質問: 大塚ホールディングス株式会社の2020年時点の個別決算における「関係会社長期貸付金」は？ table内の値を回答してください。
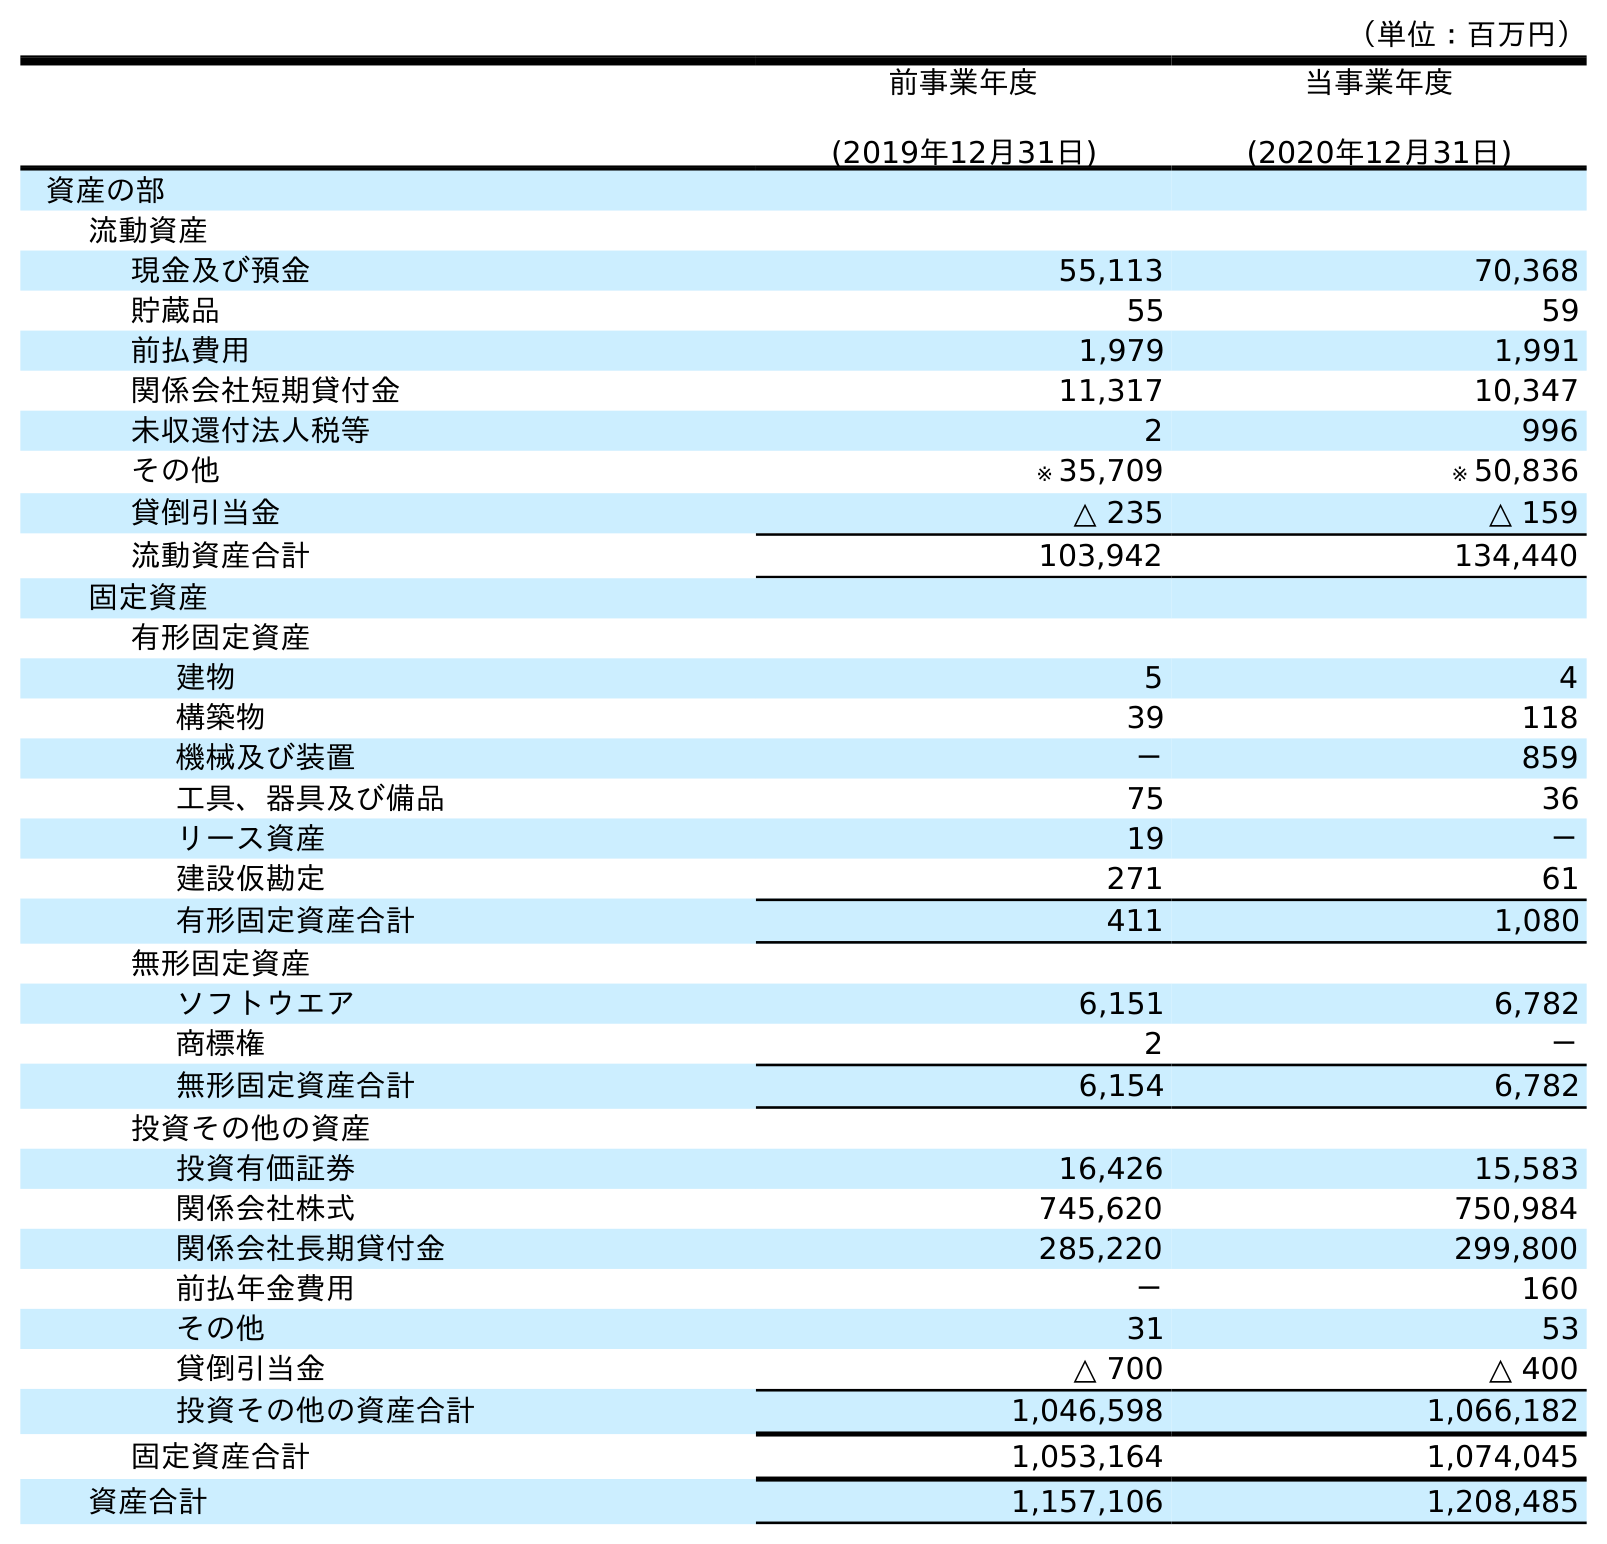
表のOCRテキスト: （単位：百万円） 前事業年度 (2019年12月31日) 当事業年度 (2020年12月31日) 資産の部 流動資産 現金及び預金 55,113 70,368 貯蔵品 55 59 前払費用 1,979 1,991 関係会社短期貸付金 11,317 10,347 未収還付法人税等 2 996 その他 ※ 35,709 ※ 50,836 貸倒引当金 △ 235 △ 159 流動資産合計 103,942 134,440 固定資産 有形固定資産 建物 5 4 構築物 39 118 機械及び装置 － 859 工具、器具及び備品 75 36 リース資産 19 － 建設仮勘定 271 61 有形固定資産合計 411 1,080 無形固定資産 ソフトウエア 6,151 6,782 商標権 2 － 無形固定資産合計 6,154 6,782 投資その他の資産 投資有価証券 16,426 15,583 関係会社株式 745,620 750,984 関係会社長期貸付金 285,220 299,800 前払年金費用 － 160 その他 31 53 貸倒引当金 △ 700 △ 400 投資その他の資産合計 1,046,598 1,066,182 固定資産合計 1,053,164 1,074,045 資産合計 1,157,106 1,208,485
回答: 299,800